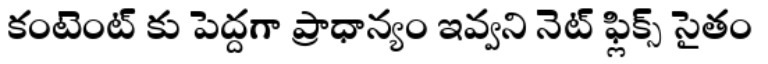
కంటెంట్ కు పెద్దగా ప్రాధాన్యం ఇవ్వని నెట్ ఫ్లిక్స్ సైతం